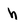
Character: h